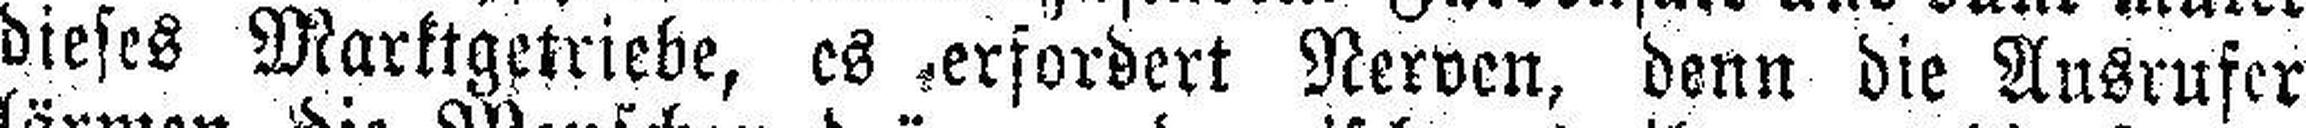
dieses Marktgetriebe, es erfordert Nerven, denn die Ausrufer